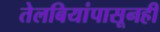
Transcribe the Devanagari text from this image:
तेलबियांपासूनही